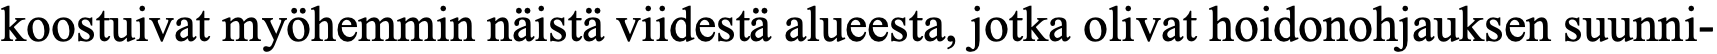
koostuivat myöhemmin näistä viidestä alueesta, jotka olivat hoidonohjauksen suunni-